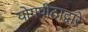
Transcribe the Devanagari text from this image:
योगपीठाद्वारे